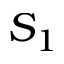
S _ { 1 }